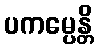
ပကမ္ပေန္တိ